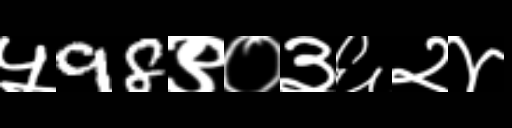
Text: ५98९०३६२४